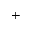
+